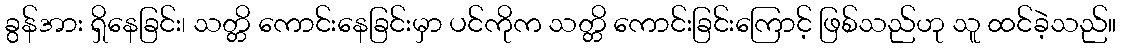
ခွန်အား ရှိနေခြင်း၊ သတ္တိ ကောင်းနေခြင်းမှာ ပင်ကိုက သတ္တိ ကောင်းခြင်းကြောင့် ဖြစ်သည်ဟု သူ ထင်ခဲ့သည်။